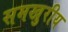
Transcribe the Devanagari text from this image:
समखुरीय